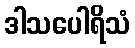
ဒါသပေါရိသံ